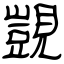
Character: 覬